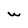
Character: W